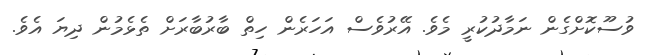
ވުސޫކޮށްގެން ނަމާދުކުރީ މެވެ. އޭރުވެސް އަހަރެން ހިތް ބާރުބާރަށް ތެޅެމުން ދިޔަ އެވެ.